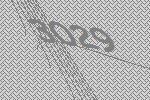
3029